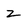
Character: z